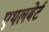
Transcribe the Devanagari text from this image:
एथलबेर्ट